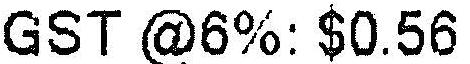
GST @6%: $0.56